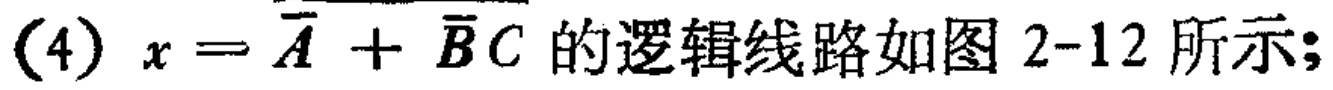
(4) \(x = \overline{A}+\overline{B}C\)的逻辑线路如图2-12所示;